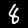
Label: 8